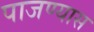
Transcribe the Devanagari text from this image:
पाजण्यास